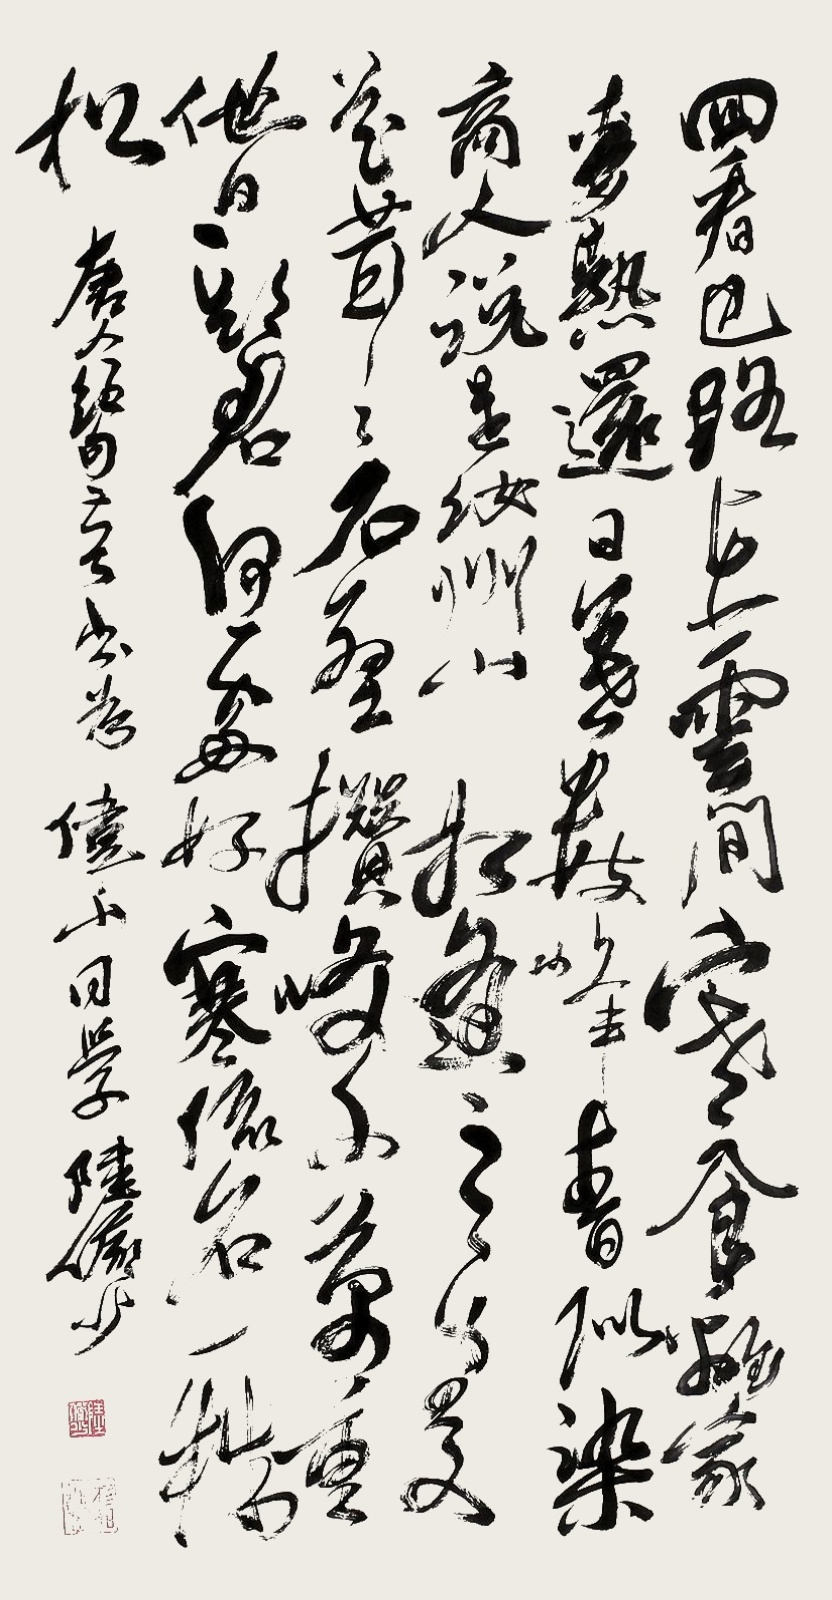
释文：回看巴路在云间，寒食离家麦熟还。日暮数峰青似染，商人说是汝州山。相逢之处花茸茸，石壁攒峰千万重。他日期君何处好，寒流石上一株松。唐人绝句意，书为伟山同学，陆俨少。